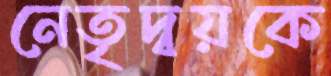
নেতৃদ্বয়কে